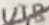
Text: U1B